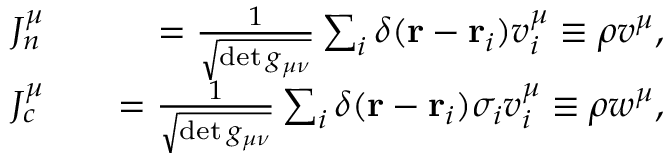
\begin{array} { r l r } { J _ { n } ^ { \mu } } & { { } } & { = \frac { 1 } { \sqrt { \operatorname* { d e t } g _ { \mu \nu } } } \sum _ { i } \delta ( \mathbf { r } - \mathbf { r } _ { i } ) v _ { i } ^ { \mu } \equiv \rho v ^ { \mu } , } \\ { J _ { c } ^ { \mu } } & { { } } & { = \frac { 1 } { \sqrt { \operatorname* { d e t } g _ { \mu \nu } } } \sum _ { i } \delta ( \mathbf { r } - \mathbf { r } _ { i } ) \sigma _ { i } v _ { i } ^ { \mu } \equiv \rho w ^ { \mu } , } \end{array}